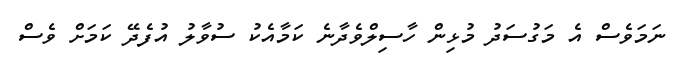
ނަމަވެސް އެ މަގުސަދު މުޅިން ހާސިލްވެދާނެ ކަމާއެކު ސުވާލު އުފެދޭ ކަމަށް ވެސް